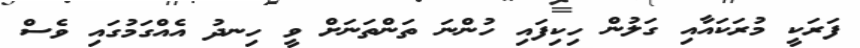
ފަރަކީ މުރަކައާއި ގަލުން ހިކިފައި ހުންނަ ތަންތަނަށް ވީ ހިނދު އެއްގަމުގައި ވެސް